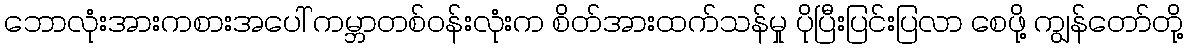
ဘောလုံးအားကစားအပေါ် ကမ္ဘာတစ်ဝန်းလုံးက စိတ်အားထက်သန်မှု ပိုပြီးပြင်းပြလာ စေဖို့ ကျွန်တော်တို့